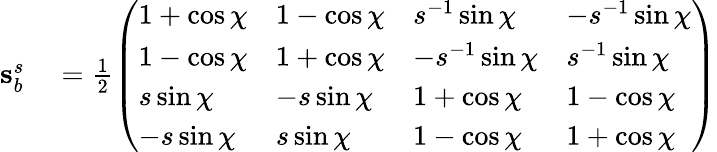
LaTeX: \begin{array}{rl}{\mathbf{s}_{b_{}}^{s}}&{{}=\frac{1}{2}\left(\begin{array}{llll}{1+\cos{\chi}}&{1-\cos{\chi}}&{s{}^{-1}\sin{\chi}}&{-s{}^{-1}\sin{\chi}}\\ {1-\cos{\chi}}&{1+\cos{\chi}}&{-s{}^{-1}\sin{\chi}}&{s{}^{-1}\sin{\chi}}\\ {s{}\sin{\chi}}&{-s{}\sin{\chi}}&{1+\cos{\chi}}&{1-\cos{\chi}}\\ {-s{}\sin{\chi}}&{s{}\sin{\chi}}&{1-\cos{\chi}}&{1+\cos{\chi}}\end{array}\right)}\end{array}